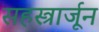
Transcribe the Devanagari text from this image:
सहस्त्रार्जून